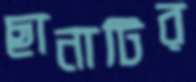
ছানাটির